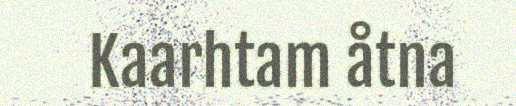
Kaarhtam åtna